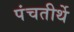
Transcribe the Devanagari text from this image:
पंचतीर्थे